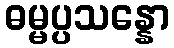
ဓမ္မပ္ပသန္နော